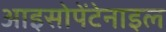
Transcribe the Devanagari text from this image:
आइसोपेंटेनाइल